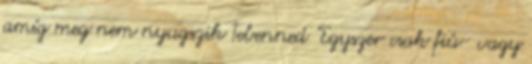
amíg meg nem nyugszik Tebenned "Egyszer csak fiú- vagy